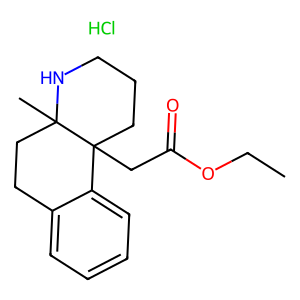
SMILES: CCOC(=O)CC12CCCNC1(C)CCc1ccccc12.Cl
Inhibits HIV replication: No